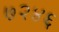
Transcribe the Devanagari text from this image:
७२४६